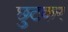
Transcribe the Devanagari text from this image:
छुटकर